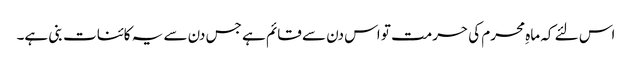
اس لئے کہ ماہِ محرم کی حرمت تو اس دن سے قائم ہے جس دن سے یہ کائنات بنی ہے۔